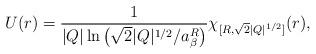
LaTeX: \begin{align*}U(r) = \frac{1}{|Q|\ln\left(\sqrt{2}|Q|^{1/2}/a_{\beta}^R\right)}\chi_{[R,\sqrt{2}|Q|^{1/2}]}(r),\end{align*}